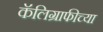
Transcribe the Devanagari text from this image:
कॅलिग्राफीच्या